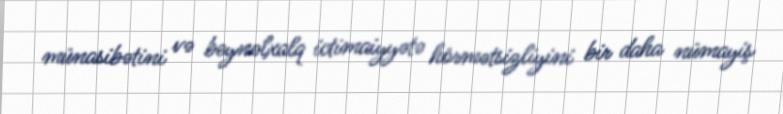
münasibətini və beynəlxalq ictimaiyyətə hörmətsizliyini bir daha nümayiş